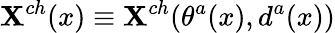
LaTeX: \mathbf{X}^{ch}(x)\equiv\mathbf{X}^{ch}(\theta^{a}(x),d^{a}(x))